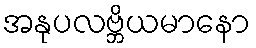
အနုပလဗ္ဘိယမာနော